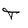
Character: T